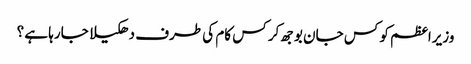
وزیراعظم کو کس جان بوجھ کر کس کام کی طرف دھکیلا جارہا ہے ؟